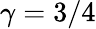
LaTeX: \gamma=3/4